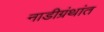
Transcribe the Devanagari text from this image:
नाडीग्रंथांत